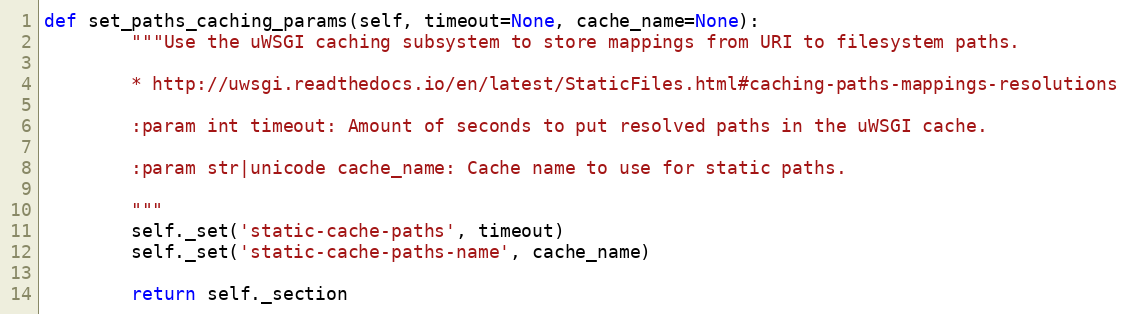
Language: Python
def set_paths_caching_params(self, timeout=None, cache_name=None):
        """Use the uWSGI caching subsystem to store mappings from URI to filesystem paths.

        * http://uwsgi.readthedocs.io/en/latest/StaticFiles.html#caching-paths-mappings-resolutions

        :param int timeout: Amount of seconds to put resolved paths in the uWSGI cache.

        :param str|unicode cache_name: Cache name to use for static paths.

        """
        self._set('static-cache-paths', timeout)
        self._set('static-cache-paths-name', cache_name)

        return self._section